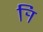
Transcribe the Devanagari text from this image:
र्‍ाि